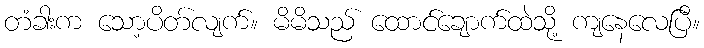
တံခါးက သော့ပိတ်လျက်။ မိမိသည် ထောင်ချောက်ထဲသို့ ကျနေလေပြီ။